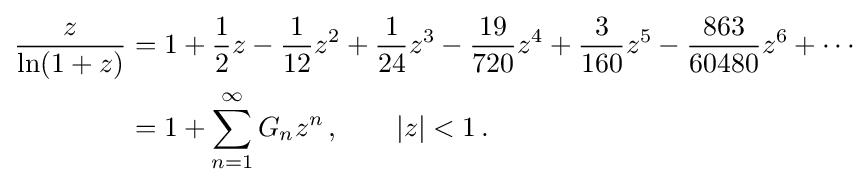
{\begin{aligned}{\frac {z}{\ln(1+z)}}&=1+{\frac {1}{2}}z-{\frac {1}{12}}z^{2}+{\frac {1}{24}}z^{3}-{\frac {19}{720}}z^{4}+{\frac {3}{160}}z^{5}-{\frac {863}{60480}}z^{6}+\cdots \\&=1+\sum _{n=1}^{\infty }G_{n}z^{n}\,,\qquad |z|<1\,.\end{aligned}}